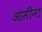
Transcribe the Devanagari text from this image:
आमीना